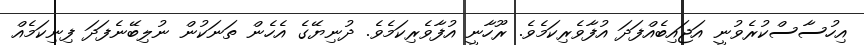
އިހުސާސްކުރެވުނީ އަޖައިބެއްފަދަ އުފާވެރިކަމެވެ. ރޫހާނީ އުފާވެރިކަމެވެ. ދުނިޔޭގެ އެހެން ތަނަކުން ނުލިބޭނެފަދަ ފިނިކަމެއް